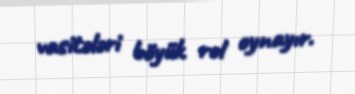
vasitələri böyük rol oynayır.